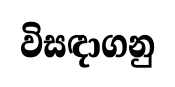
විසඳාගනු